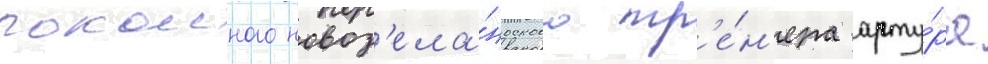
покоиного новоз'ела́ндского тр'е́н'ера арту́ра